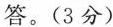
答。(3分)